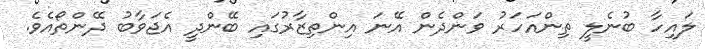
ލައިހާ ބުނެލީ ތިންއަހަރު ވަންދެން އޭނަ އިންތިޒާރުގައި ބޭންދީ އެޖަވާބު ދޭންތޯއެވެ.